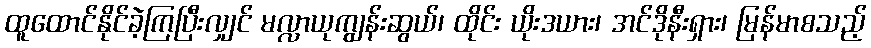
ထူထောင်နိုင်ခဲ့ကြပြီးလျှင် မလ္လာယုကျွန်းဆွယ်၊ ထိုင်း ယိုးဒယား၊ အင်ဒိုနီးရှား၊ မြန်မာစသည့်